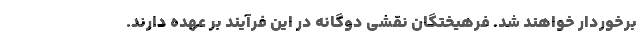
برخوردار خواهند شد. فرهیختگان نقشی دوگانه در این فرآیند بر عهده دارند.